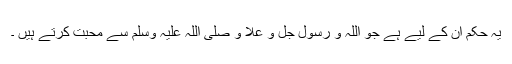
یہ حکم ان کے لیے ہے جو اللہ و رسول جل و علا و صلی اللہ علیہ وسلم سے محبت کرتے ہیں ۔